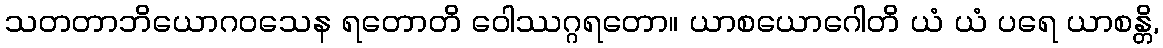
သတတာဘိယောဂဝသေန ရတောတိ ဝေါဿဂ္ဂရတော။ ယာစယောဂေါတိ ယံ ယံ ပရေ ယာစန္တိ,